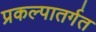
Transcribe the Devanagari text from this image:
प्रकल्पातर्गत